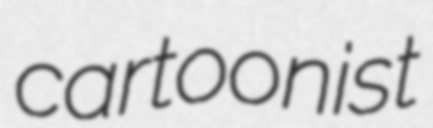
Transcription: cartoonist